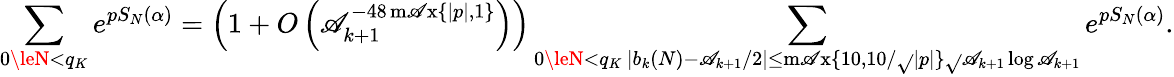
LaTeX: \sum_{0\leN<q_{K}}e^{pS_{N}(\alpha)}=\left(1+O\left(\mathscr{A}_{k+1}^{-48\operatorname*{m\mathscr{A}x}\{ |p|,1\} }\right)\right)\sum_{\substack{0\leN<q_{K}\, |b_{k}(N)-\mathscr{A}_{k+1}/2|\le\operatorname*{m\mathscr{A}x}\{ 10,10/\sqrt{}{{|p|}}\} \sqrt{}{{\mathscr{A}_{k+1}\log\mathscr{A}_{k+1}}}}}e^{pS_{N}(\alpha)}.